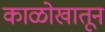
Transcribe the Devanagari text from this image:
काळोखातून